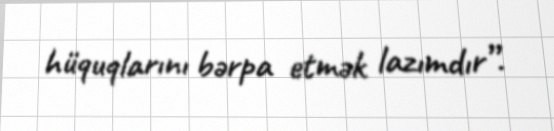
hüquqlarını bərpa etmək lazımdır”.